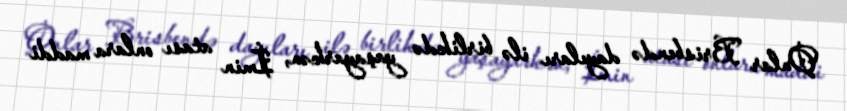
Onlar Brisbendə dayıları ilə birlikdə yaşayarkən, İmin atası onlara maddi